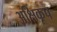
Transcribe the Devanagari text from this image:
अक्षिकूप